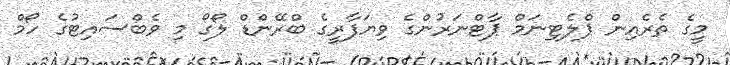
މީގެ ތެރެއިން ޕްލެޓިނަމް ޕާޓްނަރުންގެ ވިޔަފާރީގެ ބްރޭންޑް ލޯގޯ މި ވެބްސައިޓުގެ ހޯމް